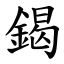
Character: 鍻